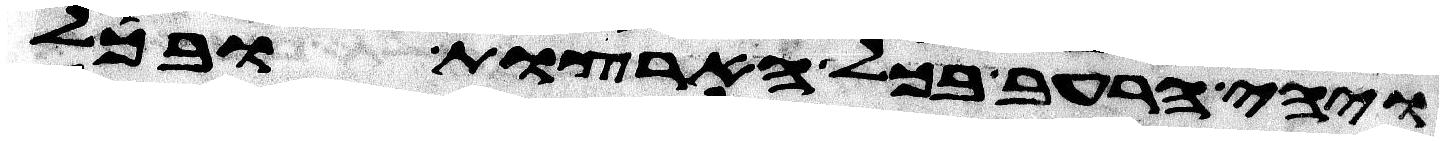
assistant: ויהי הרעב בכל הארצות ובכל